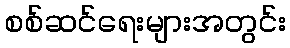
စစ်ဆင်ရေးများအတွင်း